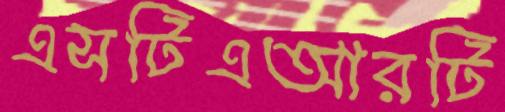
এসটিএআরটি